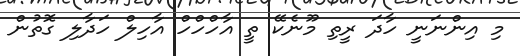
މި އިންނަނީ ހާދަ ރީތި މޫނެކޭ ތީ އާހްހްހް އާހިލް ހަދާލި ގޮތުން